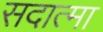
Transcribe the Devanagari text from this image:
सदात्मा